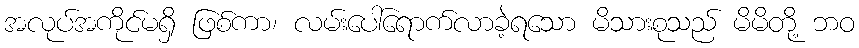
အလုပ်အကိုင်မရှိ ဖြစ်ကာ၊ လမ်းပေါ်ရောက်လာခဲ့ရသော မိသားစုသည် မိမိတို့ ဘဝ